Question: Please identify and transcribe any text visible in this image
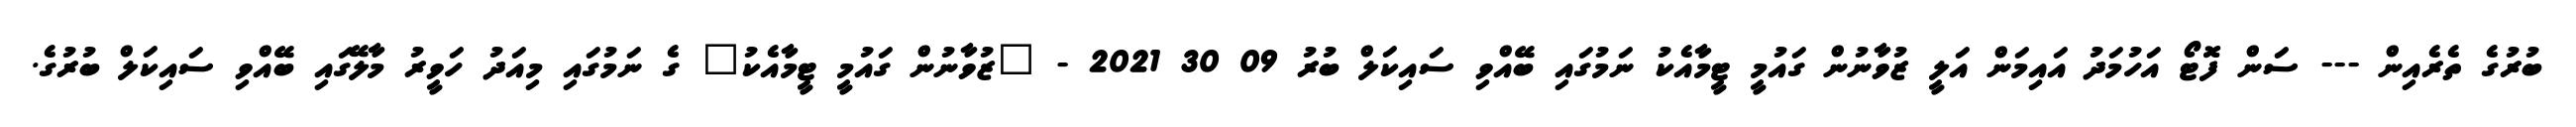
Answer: ބުރުގެ ތެރެއިން --- ސަން ފޮޓޯ އަހުމަދު އައިމަން އަލީ ޒުވާނުން ގައުމީ ޓީމާއެކު ނަމުގައި ބޭއްވި ސައިކަލް ބުރު 09 30 2021 - "ޒުވާނުން ގައުމީ ޓީމާއެކު" ގެ ނަމުގައި މިއަދު ހަވީރު މާލޭގައި ބޭއްވި ސައިކަލް ބުރުގެ.